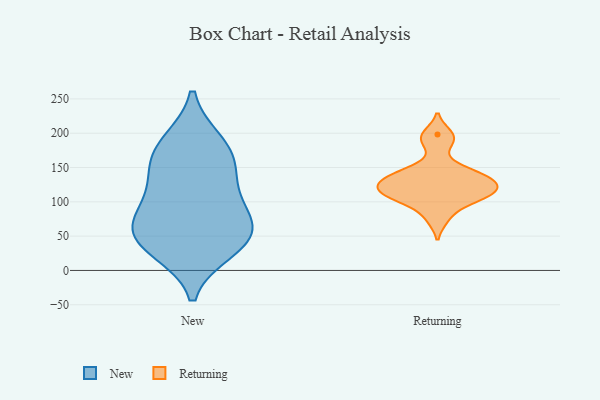
{"axis": {"x": "Production Output", "y": "Value"}, "legend": ["New", "Returning"], "data": [{"x": "", "y": 71, "type": "New"}, {"x": "", "y": 186, "type": "New"}, {"x": "", "y": 178, "type": "New"}, {"x": "", "y": 136, "type": "New"}, {"x": "", "y": 31, "type": "New"}, {"x": "", "y": 43, "type": "New"}, {"x": "", "y": 111, "type": "New"}, {"x": "", "y": 158, "type": "New"}, {"x": "", "y": 57, "type": "New"}, {"x": "", "y": 44, "type": "New"}, {"x": "", "y": 82, "type": "New"}, {"x": "", "y": 76, "type": "Returning"}, {"x": "", "y": 132, "type": "Returning"}, {"x": "", "y": 136, "type": "Returning"}, {"x": "", "y": 121, "type": "Returning"}, {"x": "", "y": 149, "type": "Returning"}, {"x": "", "y": 104, "type": "Returning"}, {"x": "", "y": 138, "type": "Returning"}, {"x": "", "y": 109, "type": "Returning"}, {"x": "", "y": 116, "type": "Returning"}, {"x": "", "y": 124, "type": "Returning"}, {"x": "", "y": 198, "type": "Returning"}, {"x": "", "y": 188, "type": "Returning"}, {"x": "", "y": 105, "type": "Returning"}]}